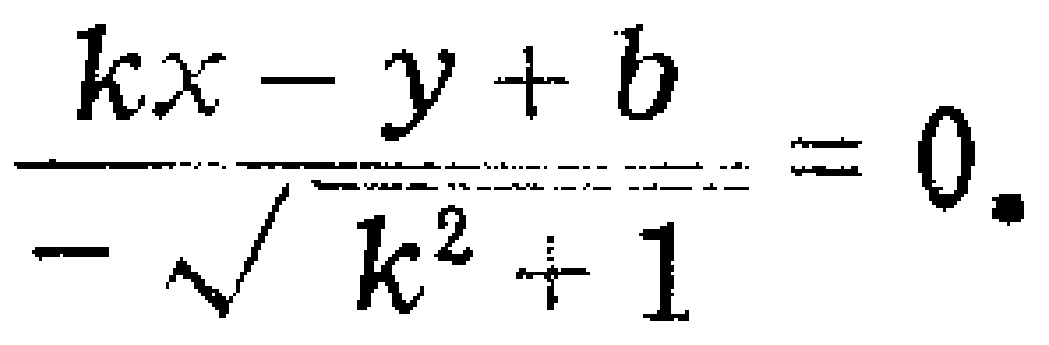
\frac{kx - y + b}{-\sqrt{k^{2}+1}} = 0.